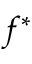
f ^ { * }